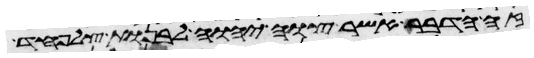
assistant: זה הדבר אשר צוה יהוה לבנות צלפחד